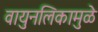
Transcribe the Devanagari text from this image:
वायुनलिकामुळे